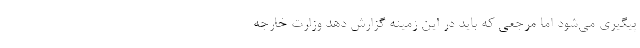
پیگیری می‌شود اما مرجعی که باید در این زمینه گزارش دهد وزارت خارجه